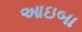
આઇબા